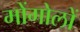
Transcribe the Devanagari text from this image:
मोंगोलों